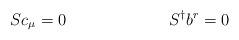
LaTeX: \begin{align*}Sc_\mu = 0 ~~~~~~~~~~~~~~~~~~~S^{\dagger}b^r = 0 \end{align*}